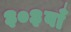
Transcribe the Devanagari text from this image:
३०३वाँ